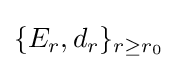
\{E_{r},d_{r}\}_{r\geq r_{0}}